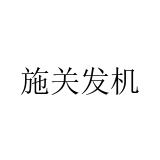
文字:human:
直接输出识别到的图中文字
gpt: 施关发机